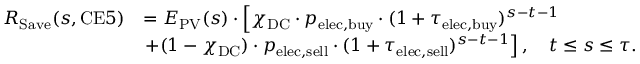
\begin{array} { r l } { R _ { \mathrm { S a v e } } ( s , \mathrm { C E } 5 ) } & { = E _ { \mathrm { P V } } ( s ) \cdot \left[ \chi _ { \mathrm { D C } } \cdot p _ { \mathrm { e l e c } , \mathrm { b u y } } \cdot ( 1 + \tau _ { \mathrm { e l e c } , \mathrm { b u y } } ) ^ { s - t - 1 } \right. } \\ & { \left. + ( 1 - \chi _ { \mathrm { D C } } ) \cdot p _ { \mathrm { e l e c } , \mathrm { s e l l } } \cdot ( 1 + \tau _ { \mathrm { e l e c } , \mathrm { s e l l } } ) ^ { s - t - 1 } \right] , \quad t \leq s \leq \tau . } \end{array}